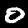
Label: 0